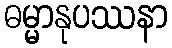
ဓမ္မာနုပဿနာ